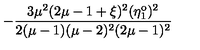
- \frac { 3 \mu ^ { 2 } ( 2 \mu - 1 + \xi ) ^ { 2 } ( \eta _ { 1 } ^ { \mathrm { o } } ) ^ { 2 } } { 2 ( \mu - 1 ) ( \mu - 2 ) ^ { 2 } ( 2 \mu - 1 ) ^ { 2 } }